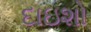
દાઇશો